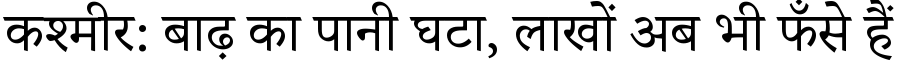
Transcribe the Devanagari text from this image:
कश्मीर: बाढ़ का पानी घटा, लाखों अब भी फँसे हैं